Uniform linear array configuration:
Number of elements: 4
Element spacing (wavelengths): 0.5
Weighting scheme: blackman
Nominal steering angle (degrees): -45
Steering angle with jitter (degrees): -46.131
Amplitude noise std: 0.05
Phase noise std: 0.05

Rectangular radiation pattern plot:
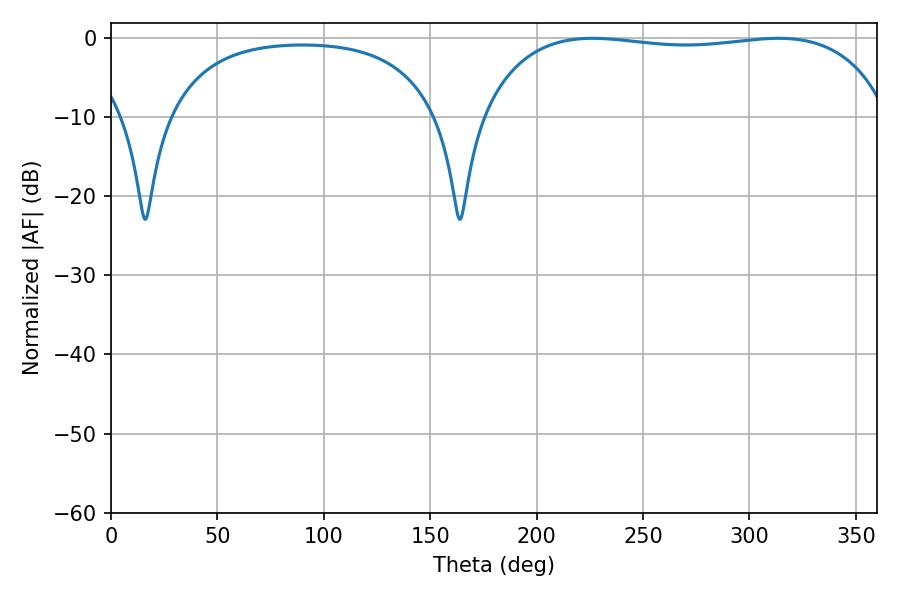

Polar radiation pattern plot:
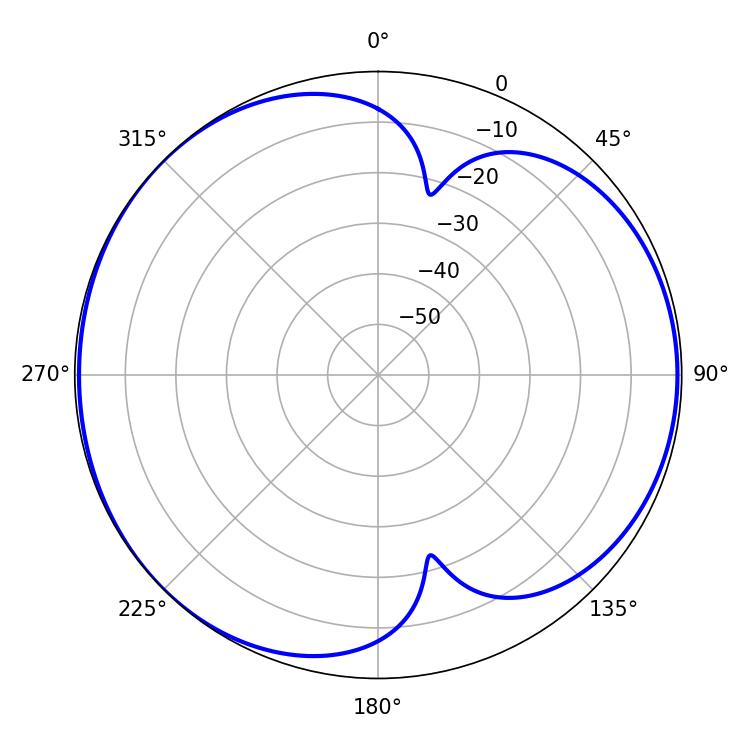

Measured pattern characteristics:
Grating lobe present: FALSE
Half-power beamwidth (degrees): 154.08
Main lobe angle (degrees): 226.26